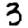
Digit: 3